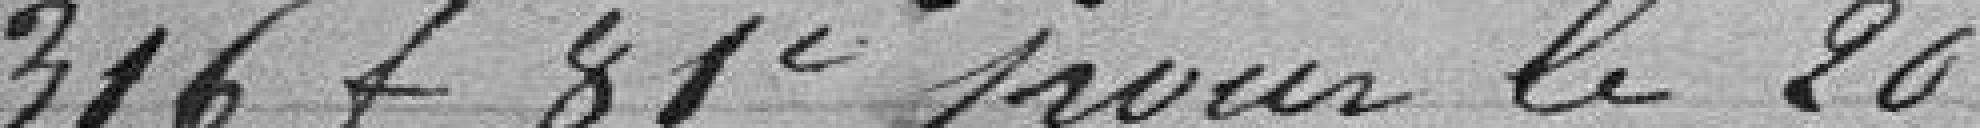
316 francs 8 centimes pour le vingtième